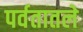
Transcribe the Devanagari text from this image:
पर्वतातले